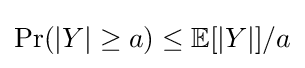
\Pr(|Y|\geq a)\leq \mathbb {E} [|Y|]/a